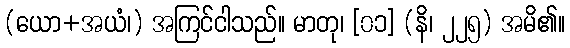
(ယော+အယံ၊) အကြင်ငါသည်။ မာတု၊ [၀၁] (နိ၊ ၂၂၅) အမိ၏။